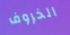
الخروف